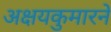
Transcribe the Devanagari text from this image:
अक्षयकुमारने